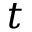
t